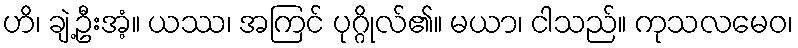
ဟိ၊ ချဲ့ဦးအံ့။ ယဿ၊ အကြင် ပုဂ္ဂိုလ်၏။ မယာ၊ ငါသည်။ ကုသလမေဝ၊